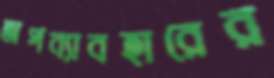
অপব্যাবহারের